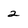
Character: 2